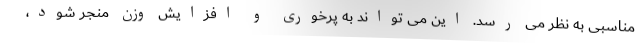
مناسبی به نظر می رسد. این می تواند به پرخوری و افزایش وزن منجر شود،